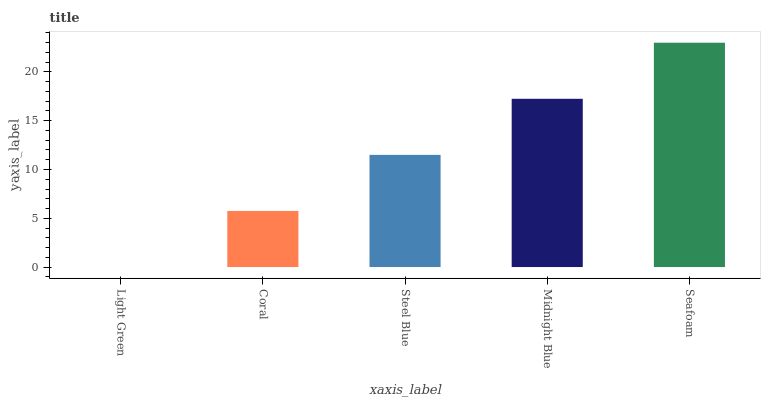
| xaxis_label | bars |
 | --- | --- |
 | Light Green | 0 |
 | Coral | 5.75 |
 | Steel Blue | 11.5 |
 | Midnight Blue | 17.2 |
 | Seafoam | 23 |